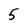
Character: 5